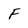
Character: F